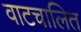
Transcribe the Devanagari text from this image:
वाटचालित